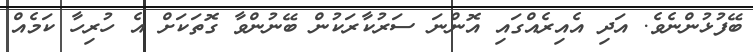
ބޭފުޅުންނެވެ. އަދި އެއިރެއްގައި އޮންނަ ސަރުކާރަކުން ބޭނުންވާ ގޮތަކަށް އެ ހުރިހާ ކަމެއް